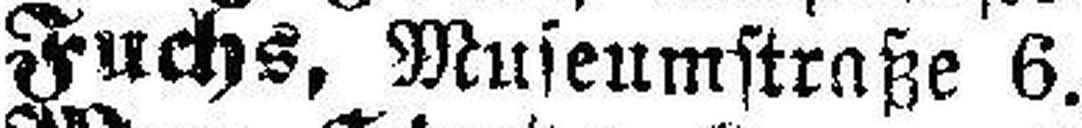
Fuchs, Museumstraße 6.